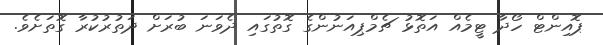
ޕޮއިންޓް ހޯދާ ޓީމެއް އަތޮޅު ޗެމްޕިއަނުންގެ ގޮތުގައި ދެވަނަ ބުރަށް ދަތުރުކުރާ ގޮތަށެވެ.